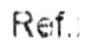
REF.: